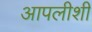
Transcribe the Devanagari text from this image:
आपलीशी